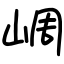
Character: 㟘